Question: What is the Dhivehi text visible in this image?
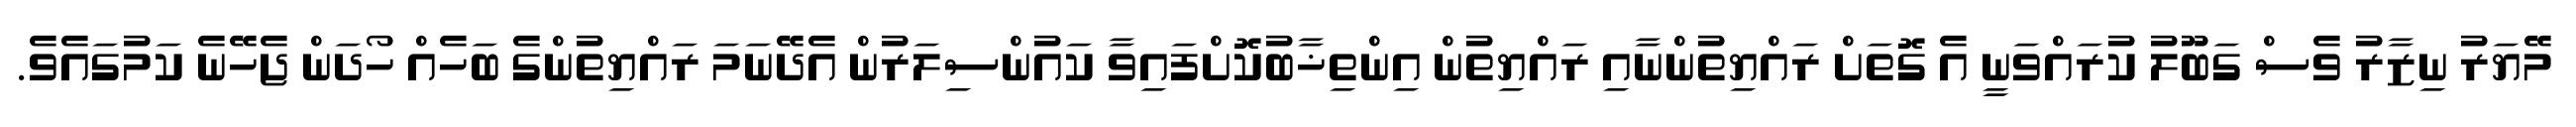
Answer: މޭޔަރު ނިޒާރު ވެސް ގަބޫލު ކުރައްވަނީ އެ ގޮތަށް ރައްޔިތުންނާއި ރައްޔިތުން އިންތިޚާބުކޮށްފައިވާ ކައުންސިލަރުން އެދޭނަމަ ރައްޔިތުންގެ ބަހެއް ހޯދަން ޖެހޭނެ ކަމުގައެވެ.